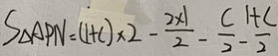
S _ { \Delta A P N } = ( 1 + c ) \times 2 - \frac { 2 \times 1 } { 2 } - \frac { c } { 2 } - \frac { 1 + c } { 2 }